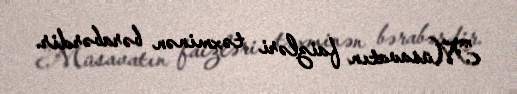
Müsavatın faizləri təxminən bərabərdir.